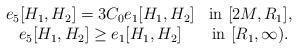
LaTeX: \begin{align*}\begin{array}{cc}e_5[H_1,H_2]= 3C_0 e_1[H_1,H_2] & \textup{in}\ [2M,R_1],\\e_5[H_1,H_2]\geq e_1[H_1,H_2] & \textup{in}\ [R_1,\infty).\end{array}\end{align*}